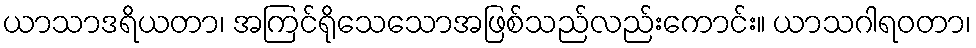
ယာသာဒရိယတာ၊ အကြင်ရိုသေသောအဖြစ်သည်လည်းကောင်း။ ယာသဂါရဝတာ၊